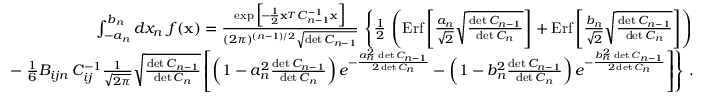
\begin{array} { r l r } & { } & { \int _ { - a _ { n } } ^ { b _ { n } } d x _ { n } \ f ( { \bf x } ) = { \frac { \exp \Big [ \! - \! { \frac { 1 } { 2 } } { \bf x } ^ { _ T } C _ { n - 1 } ^ { - 1 } { \bf x } \Big ] } { ( 2 \pi ) ^ { ( n - 1 ) / 2 } \sqrt { \operatorname* { d e t } C _ { n - 1 } } } } \, \left\{ { \frac { 1 } { 2 } } \, \left( \mathrm { E r f } \left[ { \frac { a _ { n } } { \sqrt 2 } } \sqrt { \frac { \operatorname* { d e t } C _ { n - 1 } } { \operatorname* { d e t } C _ { n } } } \right] + \mathrm { E r f } \left[ { \frac { b _ { n } } { \sqrt 2 } } \sqrt { \frac { \operatorname* { d e t } C _ { n - 1 } } { \operatorname* { d e t } C _ { n } } } \right] \right) \right. } \\ & { } & { - \left. { \frac { 1 } { 6 } } B _ { i j n } \, C _ { i j } ^ { - 1 } { \frac { 1 } { \sqrt { 2 \pi } } } \sqrt { \frac { \operatorname* { d e t } C _ { n - 1 } } { \operatorname* { d e t } C _ { n } } } \left[ \left( 1 - a _ { n } ^ { 2 } { \frac { \operatorname* { d e t } C _ { n - 1 } } { \operatorname* { d e t } C _ { n } } } \right) e ^ { - { \frac { a _ { n } ^ { 2 } \, \operatorname* { d e t } C _ { n - 1 } } { 2 \operatorname* { d e t } C _ { n } } } } - \left( 1 - b _ { n } ^ { 2 } { \frac { \operatorname* { d e t } C _ { n - 1 } } { \operatorname* { d e t } C _ { n } } } \right) e ^ { - { \frac { b _ { n } ^ { 2 } \, \operatorname* { d e t } C _ { n - 1 } } { 2 \operatorname* { d e t } C _ { n } } } } \right] \right\} \, . } \end{array}